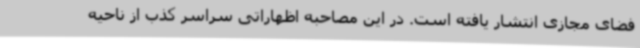
فضای مجازی انتشار یافته است. در این مصاحبه اظهاراتی سراسر کذب از ناحیه